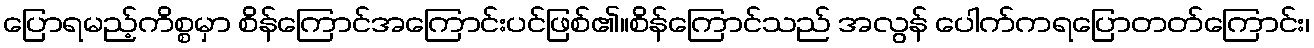
ပြောရမည့်ကိစ္စမှာ စိန်ကြောင်အကြောင်းပင်ဖြစ်၏။စိန်ကြောင်သည် အလွန် ပေါက်ကရပြောတတ်ကြောင်း၊